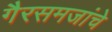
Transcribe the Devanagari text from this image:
गैरसमजांचे